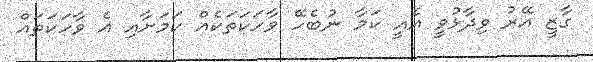
ގާޒީ އޭރު ވިދާޅުވީ އެއީ ކަމާ ނުބެހޭ ވާހަކަތަކެއް ކަމަށާއި އެ ވާހަކަތައް